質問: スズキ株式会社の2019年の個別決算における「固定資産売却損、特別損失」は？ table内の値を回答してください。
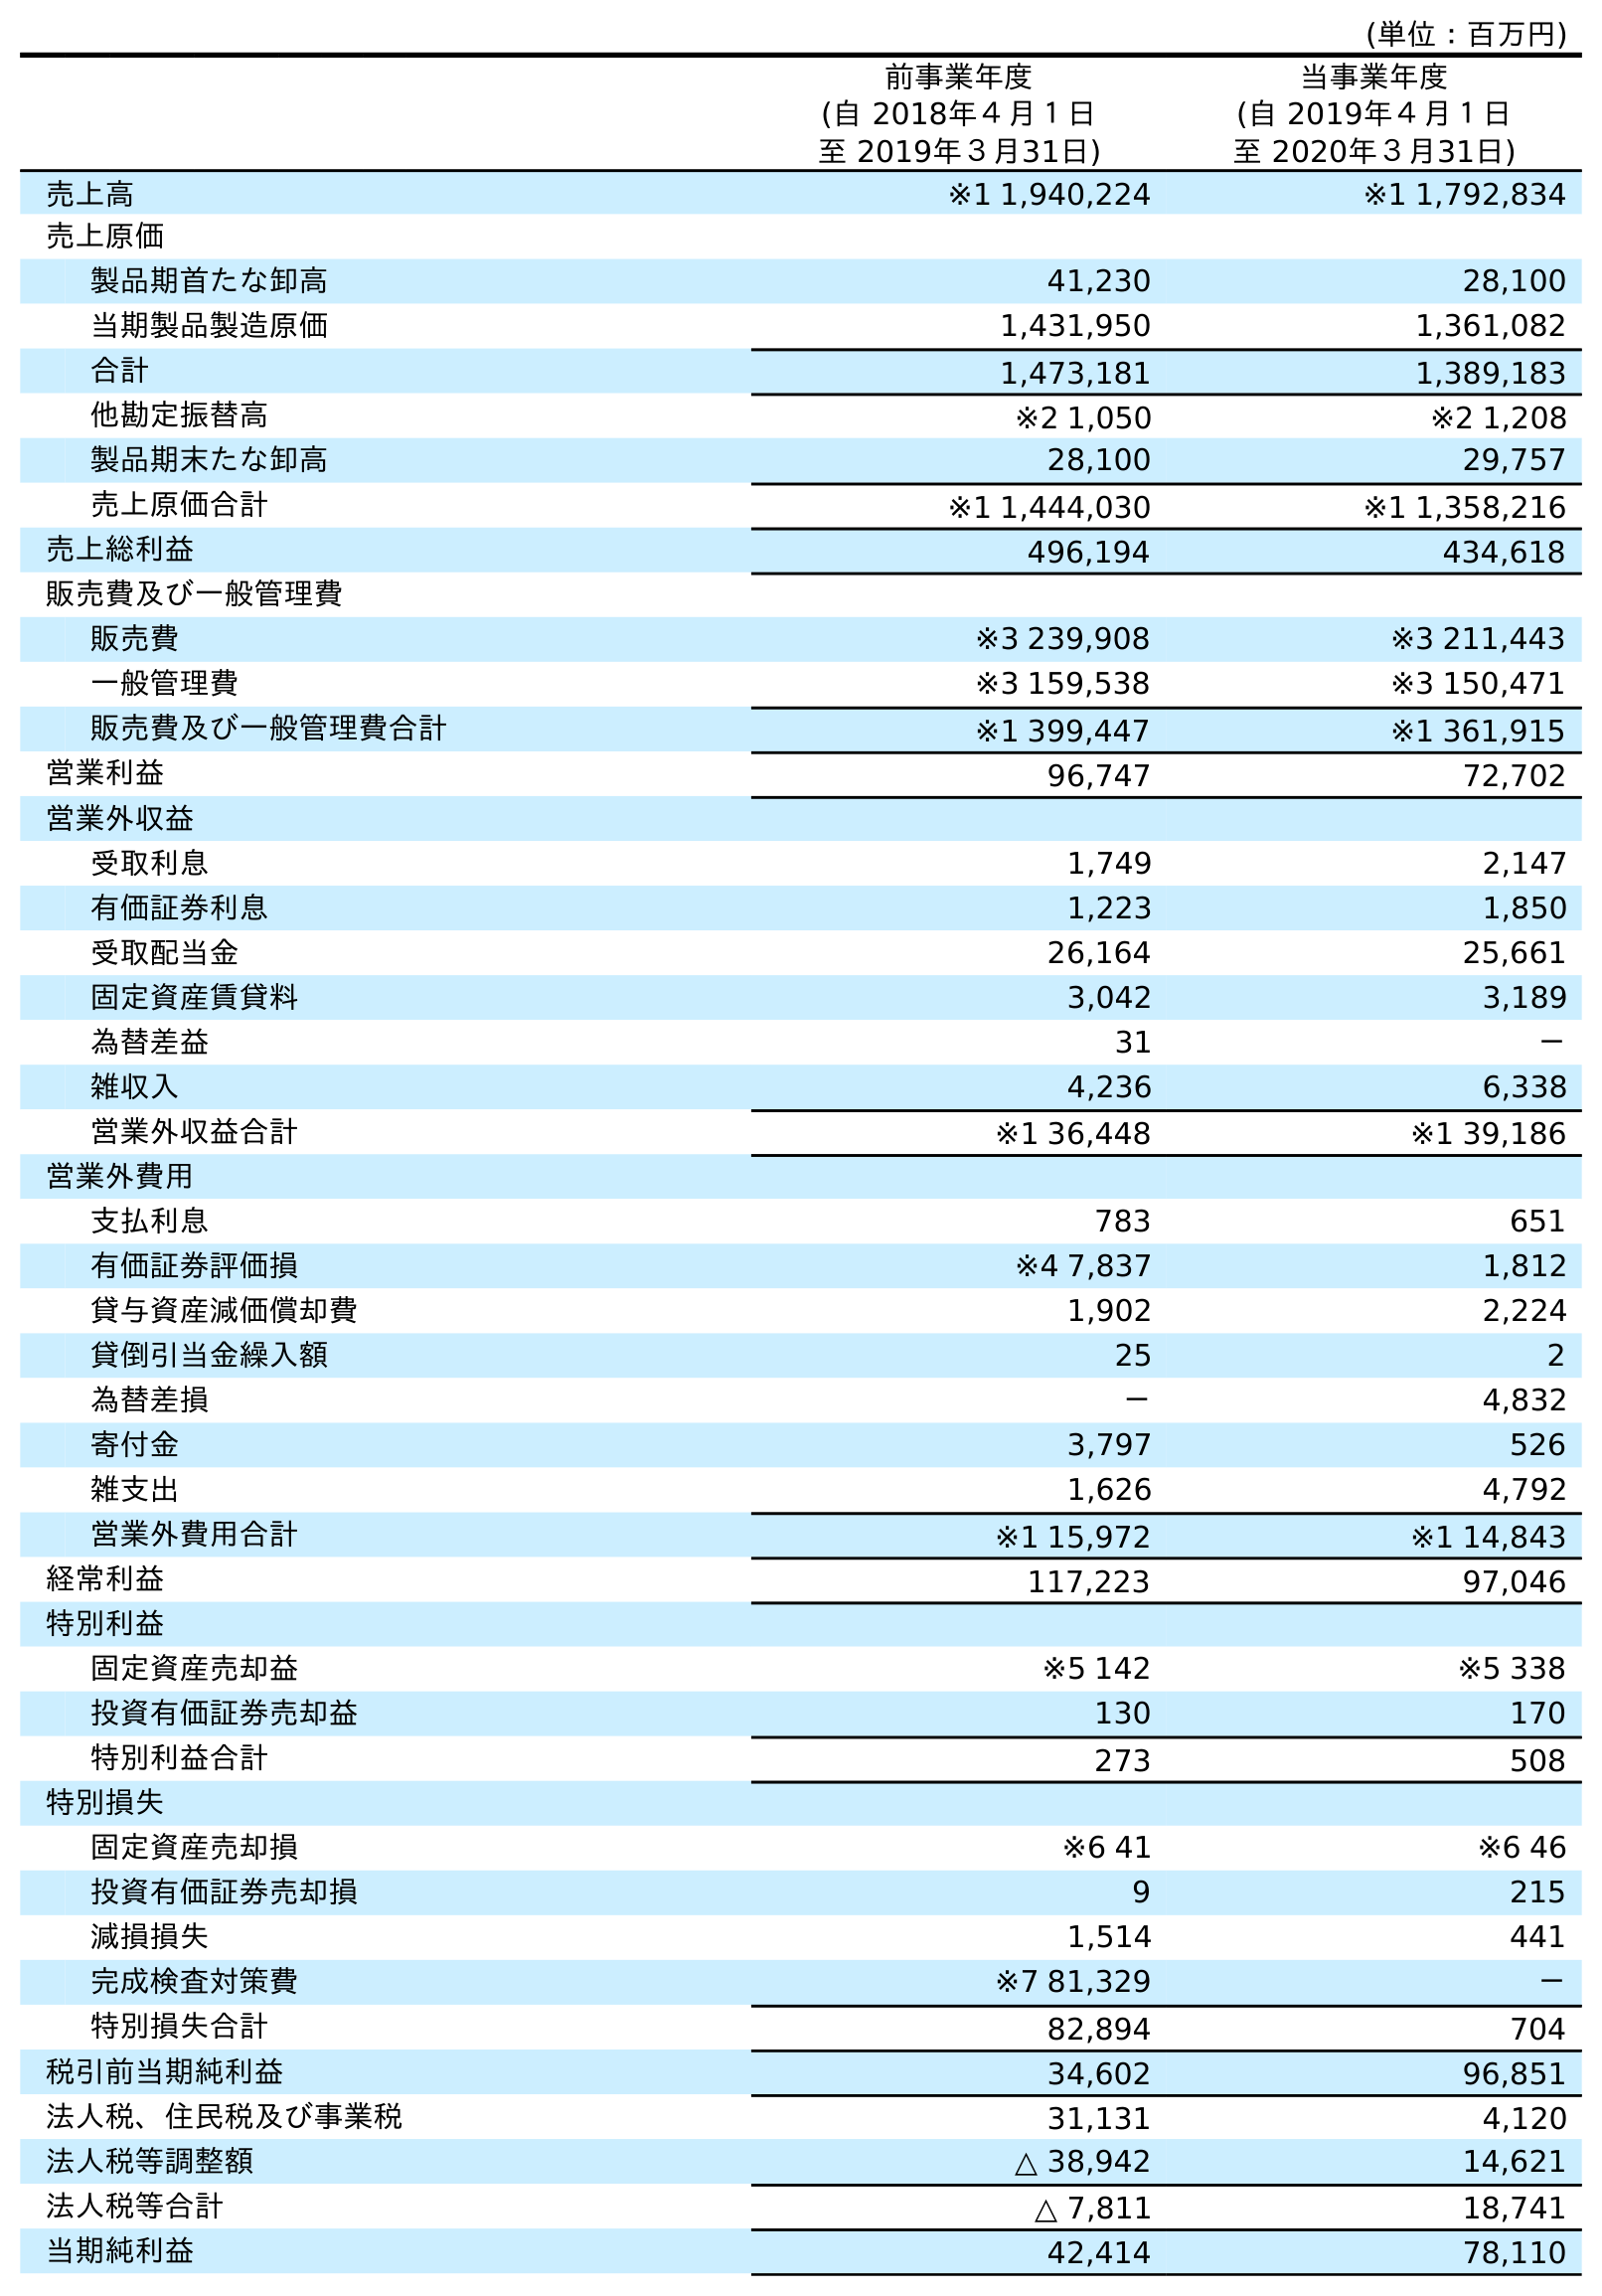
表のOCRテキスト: (単位：百万円) 前事業年度 (自 2018年４月１日 至 2019年３月31日) 当事業年度 (自 2019年４月１日 至 2020年３月31日) 売上高 ※1 1,940,224 ※1 1,792,834 売上原価 製品期首たな卸高 41,230 28,100 当期製品製造原価 1,431,950 1,361,082 合計 1,473,181 1,389,183 他勘定振替高 ※2 1,050 ※2 1,208 製品期末たな卸高 28,100 29,757 売上原価合計 ※1 1,444,030 ※1 1,358,216 売上総利益 496,194 434,618 販売費及び一般管理費 販売費 ※3 239,908 ※3 211,443 一般管理費 ※3 159,538 ※3 150,471 販売費及び一般管理費合計 ※1 399,447 ※1 361,915 営業利益 96,747 72,702 営業外収益 受取利息 1,749 2,147 有価証券利息 1,223 1,850 受取配当金 26,164 25,661 固定資産賃貸料 3,042 3,189 為替差益 31 － 雑収入 4,236 6,338 営業外収益合計 ※1 36,448 ※1 39,186 営業外費用 支払利息 783 651 有価証券評価損 ※4 7,837 1,812 貸与資産減価償却費 1,902 2,224 貸倒引当金繰入額 25 2 為替差損 － 4,832 寄付金 3,797 526 雑支出 1,626 4,792 営業外費用合計 ※1 15,972 ※1 14,843 経常利益 117,223 97,046 特別利益 固定資産売却益 ※5 142 ※5 338 投資有価証券売却益 130 170 特別利益合計 273 508 特別損失 固定資産売却損 ※6 41 ※6 46 投資有価証券売却損 9 215 減損損失 1,514 441 完成検査対策費 ※7 81,329 － 特別損失合計 82,894 704 税引前当期純利益 34,602 96,851 法人税、住民税及び事業税 31,131 4,120 法人税等調整額 △ 38,942 14,621 法人税等合計 △ 7,811 18,741 当期純利益 42,414 78,110
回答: ※641